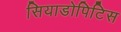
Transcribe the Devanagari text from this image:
सियाडोपिटिस